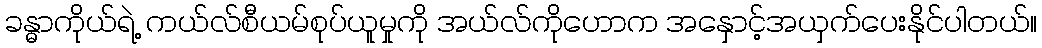
ခန္ဓာကိုယ်ရဲ့ ကယ်လ်စီယမ်စုပ်ယူမှုကို အယ်လ်ကိုဟောက အနှောင့်အယှက်ပေးနိုင်ပါတယ်။